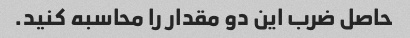
حاصل ضرب این دو مقدار را محاسبه کنید.